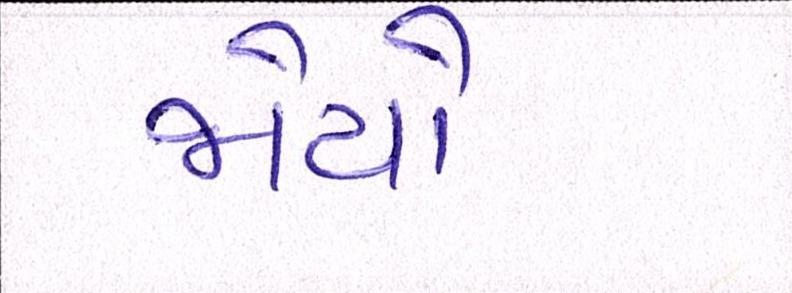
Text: જોયો